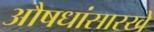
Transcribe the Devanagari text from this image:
औषधांसारखे